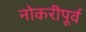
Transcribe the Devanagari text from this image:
नोकरीपूर्व